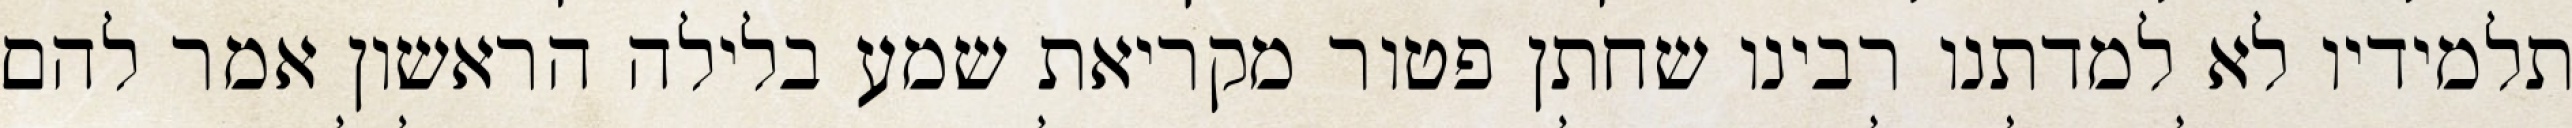
תלמידיו לא למדתנו רבינו שחתן פטור מקריאת שמע בלילה הראשון אמר להם